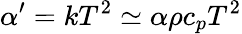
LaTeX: \alpha^{\prime}=kT^{2}\simeq\alpha\rho c_{p}T^{2}